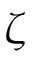
\boldsymbol { \zeta }